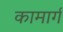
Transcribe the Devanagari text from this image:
कामार्ग